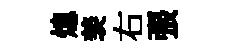
熄羡右張